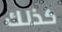
كذلك